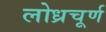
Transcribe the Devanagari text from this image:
लोध्रचूर्ण